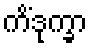
ကိံဒုက္ခာ